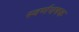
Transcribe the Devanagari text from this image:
स्वर्णचषक